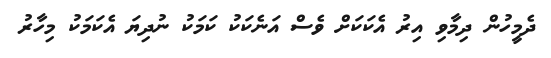
ދެމީހުން ދިމާވި އިރު އެކަކަށް ވެސް އަނެކަކު ކަމަކު ނުދިޔަ އެކަމަކު މިހާރު